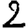
Digit: 2